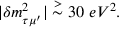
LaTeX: | \delta m _ { \tau \mu ^ { \prime } } ^ { 2 } | \stackrel { > } { \sim } 3 0 \ e V ^ { 2 } .